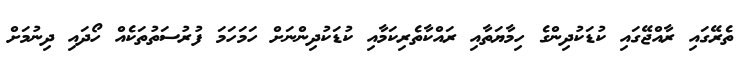
ތެރޭގައި ރާއްޖޭގައި ކުޑަކުދިންގެ ހިމާޔަތާއި ރައްކާތެރިކަމާއި ކުޑަކުދިންނަށް ހަމަހަމަ ފުރުސަތުތަކެއް ހޯދައި ދިނުމަށް